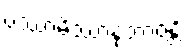
ပဿာမိဿာနုဘာဝန္တိ